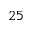
2 5